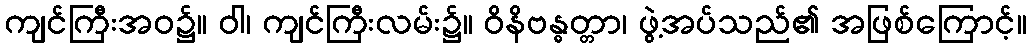
ကျင်ကြီးအဝ၌။ ဝါ၊ ကျင်ကြီးလမ်း၌။ ဝိနိဗန္ဓတ္တာ၊ ဖွဲ့အပ်သည်၏ အဖြစ်ကြောင့်။